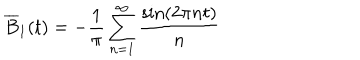
\overline { { { B } } } _ { 1 } ( t ) = - \frac { 1 } { \pi } \sum _ { n = 1 } ^ { \infty } \frac { \sin ( 2 \pi n t ) } { n }